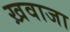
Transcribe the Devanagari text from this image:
ख़वाजा